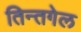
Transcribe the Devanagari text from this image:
तिन्तगेल